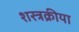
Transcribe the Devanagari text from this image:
शस्त्रक्रीया